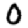
Digit: 0